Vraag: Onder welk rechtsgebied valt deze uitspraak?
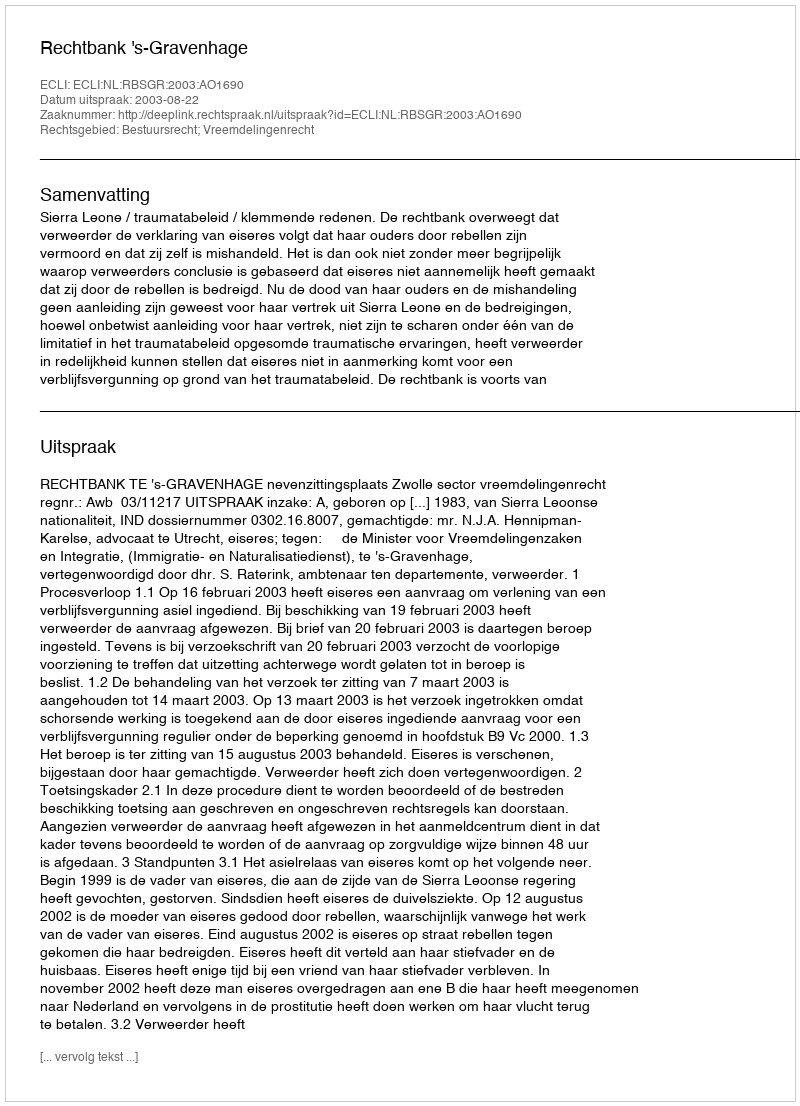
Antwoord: Bestuursrecht; Vreemdelingenrecht